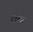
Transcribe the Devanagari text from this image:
४९च्या